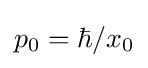
p_{0}=\hbar /x_{0}